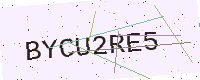
Text: BYCU2RE5